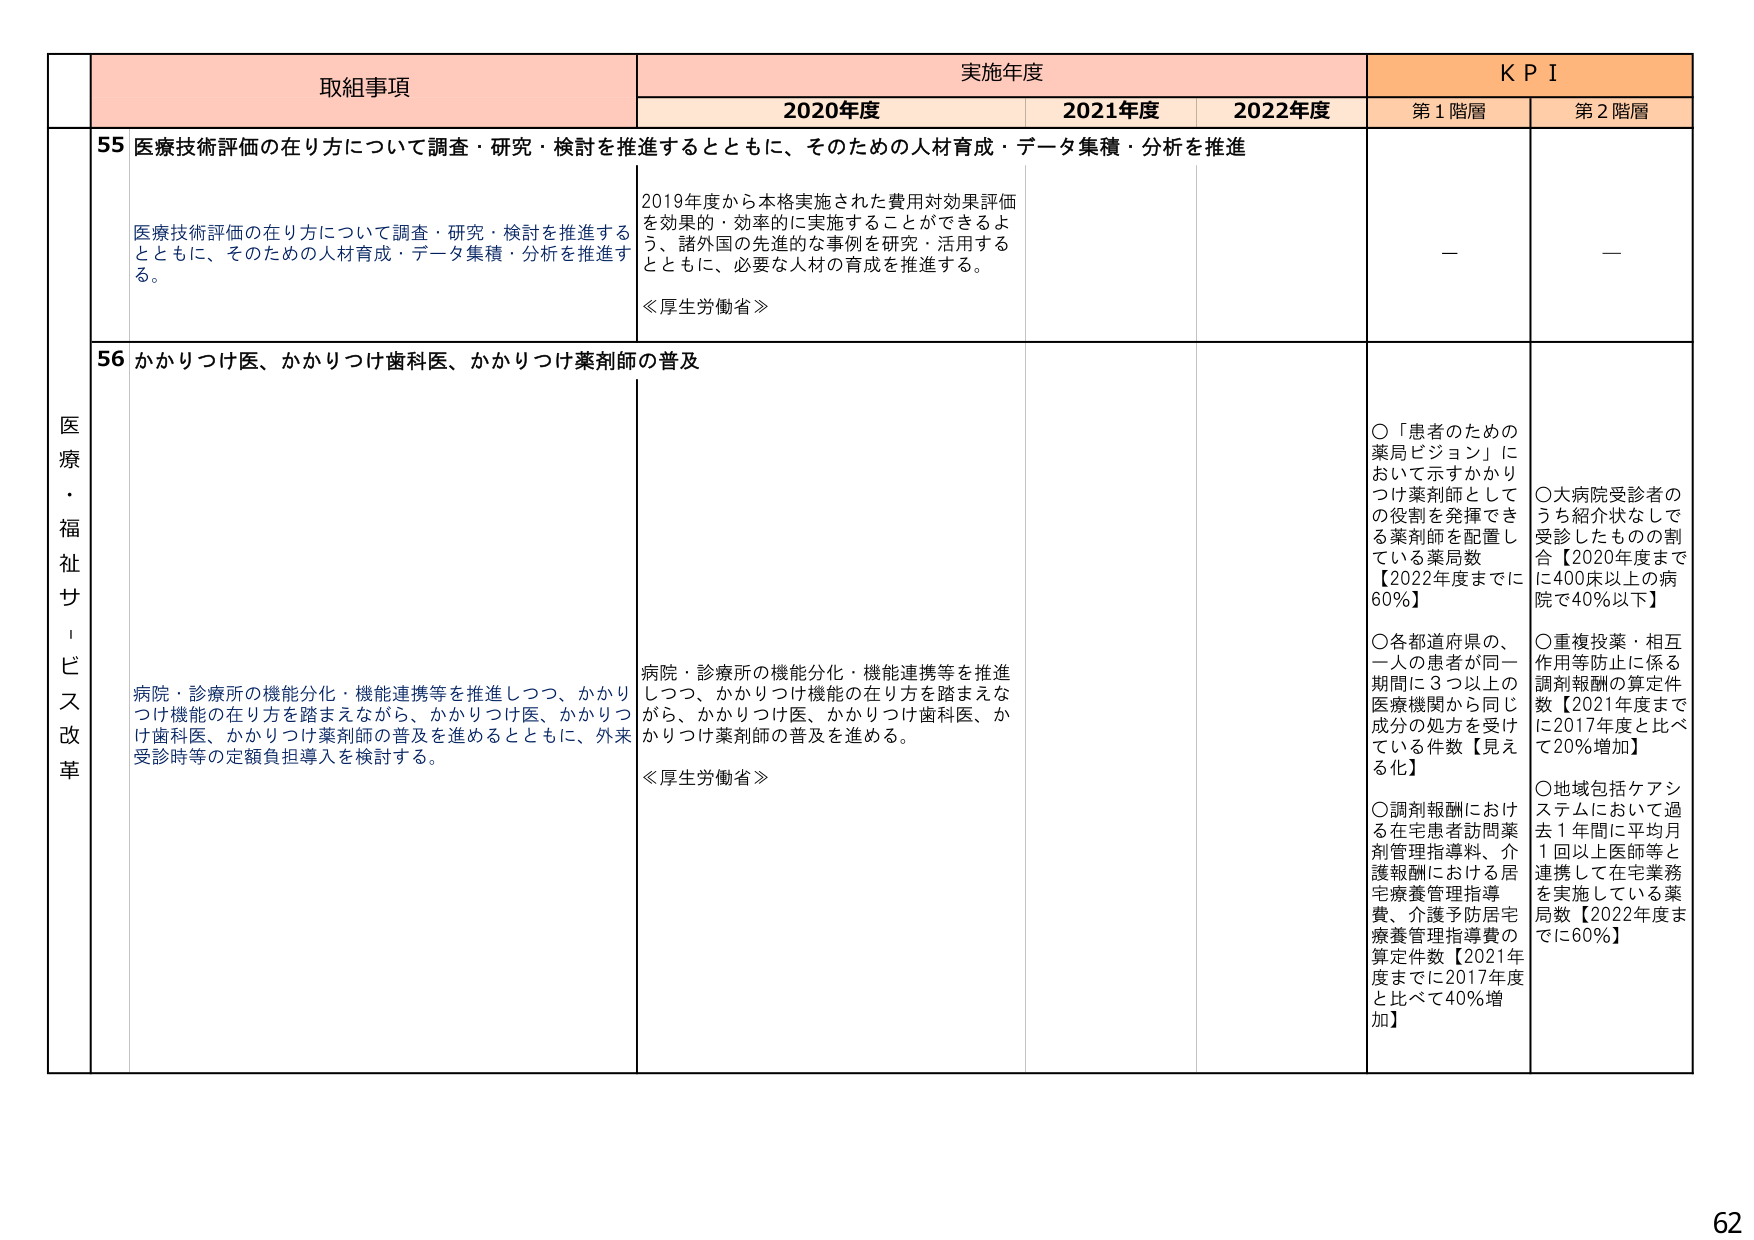
医療・福祉サービス改革

取組事項

実施年度

KPI

2020年度

2021年度

2022年度

第1階層

第2階層

55 医療技術評価の在り方について調査・研究・検討を推進するとともに、そのための人材育成・データ集積・分析を推進

医療技術評価の在り方について調査・研究・検討を推進するとともに、そのための人材育成・データ集積・分析を推進する。

2019年度から本格実施された費用対効果評価を効果的・効率的に実施することができるよう、諸外国の先進的な事例を研究・活用するとともに、必要な人材の育成を推進する。

≪厚生労働省≫

—

—

56 かかりつけ医、かかりつけ歯科医、かかりつけ薬剤師の普及

病院・診療所の機能分化・機能連携等を推進しつつ、かかりつけ機能の在り方を踏まえながら、かかりつけ医、かかりつけ歯科医、かかりつけ薬剤師の普及を進めるとともに、外来受診時等の定額負担導入を検討する。

病院・診療所の機能分化・機能連携等を推進しつつ、かかりつけ機能の在り方を踏まえながら、かかりつけ医、かかりつけ歯科医、かかりつけ薬剤師の普及を進める。

≪厚生労働省≫

○「患者のための薬局ビジョン」において示すかかりつけ薬剤師としての役割を発揮できる薬剤師を配置している薬局数【2022年度までに60%】

○各都道府県の、一人の患者が同一期間に3つ以上の医療機関から同じ成分の処方を受けている件数【見える化】

○調剤報酬における在宅患者訪問薬剤管理指導料、介護報酬における居宅療養管理指導費、介護予防居宅療養管理指導費の算定件数【2021年度までに2017年度と比べて40%増加】

○大病院受診者のうち紹介状なしで受診したものの割合【2020年度までに400床以上の病院で40%以下】

○重複投薬・相互作用等防止に係る調剤報酬の算定件数【2021年度までに2017年度と比べて20%増加】

○地域包括ケアシステムにおいて過去1年間におい平均月1回以上医師等と連携して在宅業務を実施している薬局数【2022年度までに60%】

62